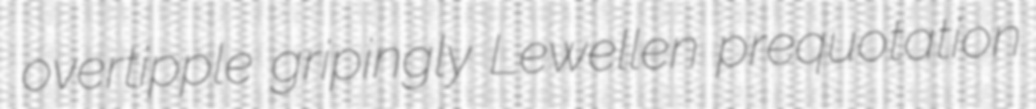
overtipple gripingly Lewellen prequotation